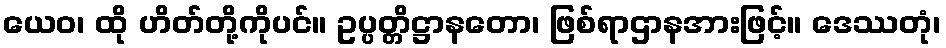
ယေဝ၊ ထို ဟိတ်တို့ကိုပင်။ ဥပ္ပတ္တိဋ္ဌာနတော၊ ဖြစ်ရာဌာနအားဖြင့်။ ဒေဿတုံ၊